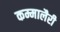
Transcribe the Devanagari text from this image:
कम्मालैरी